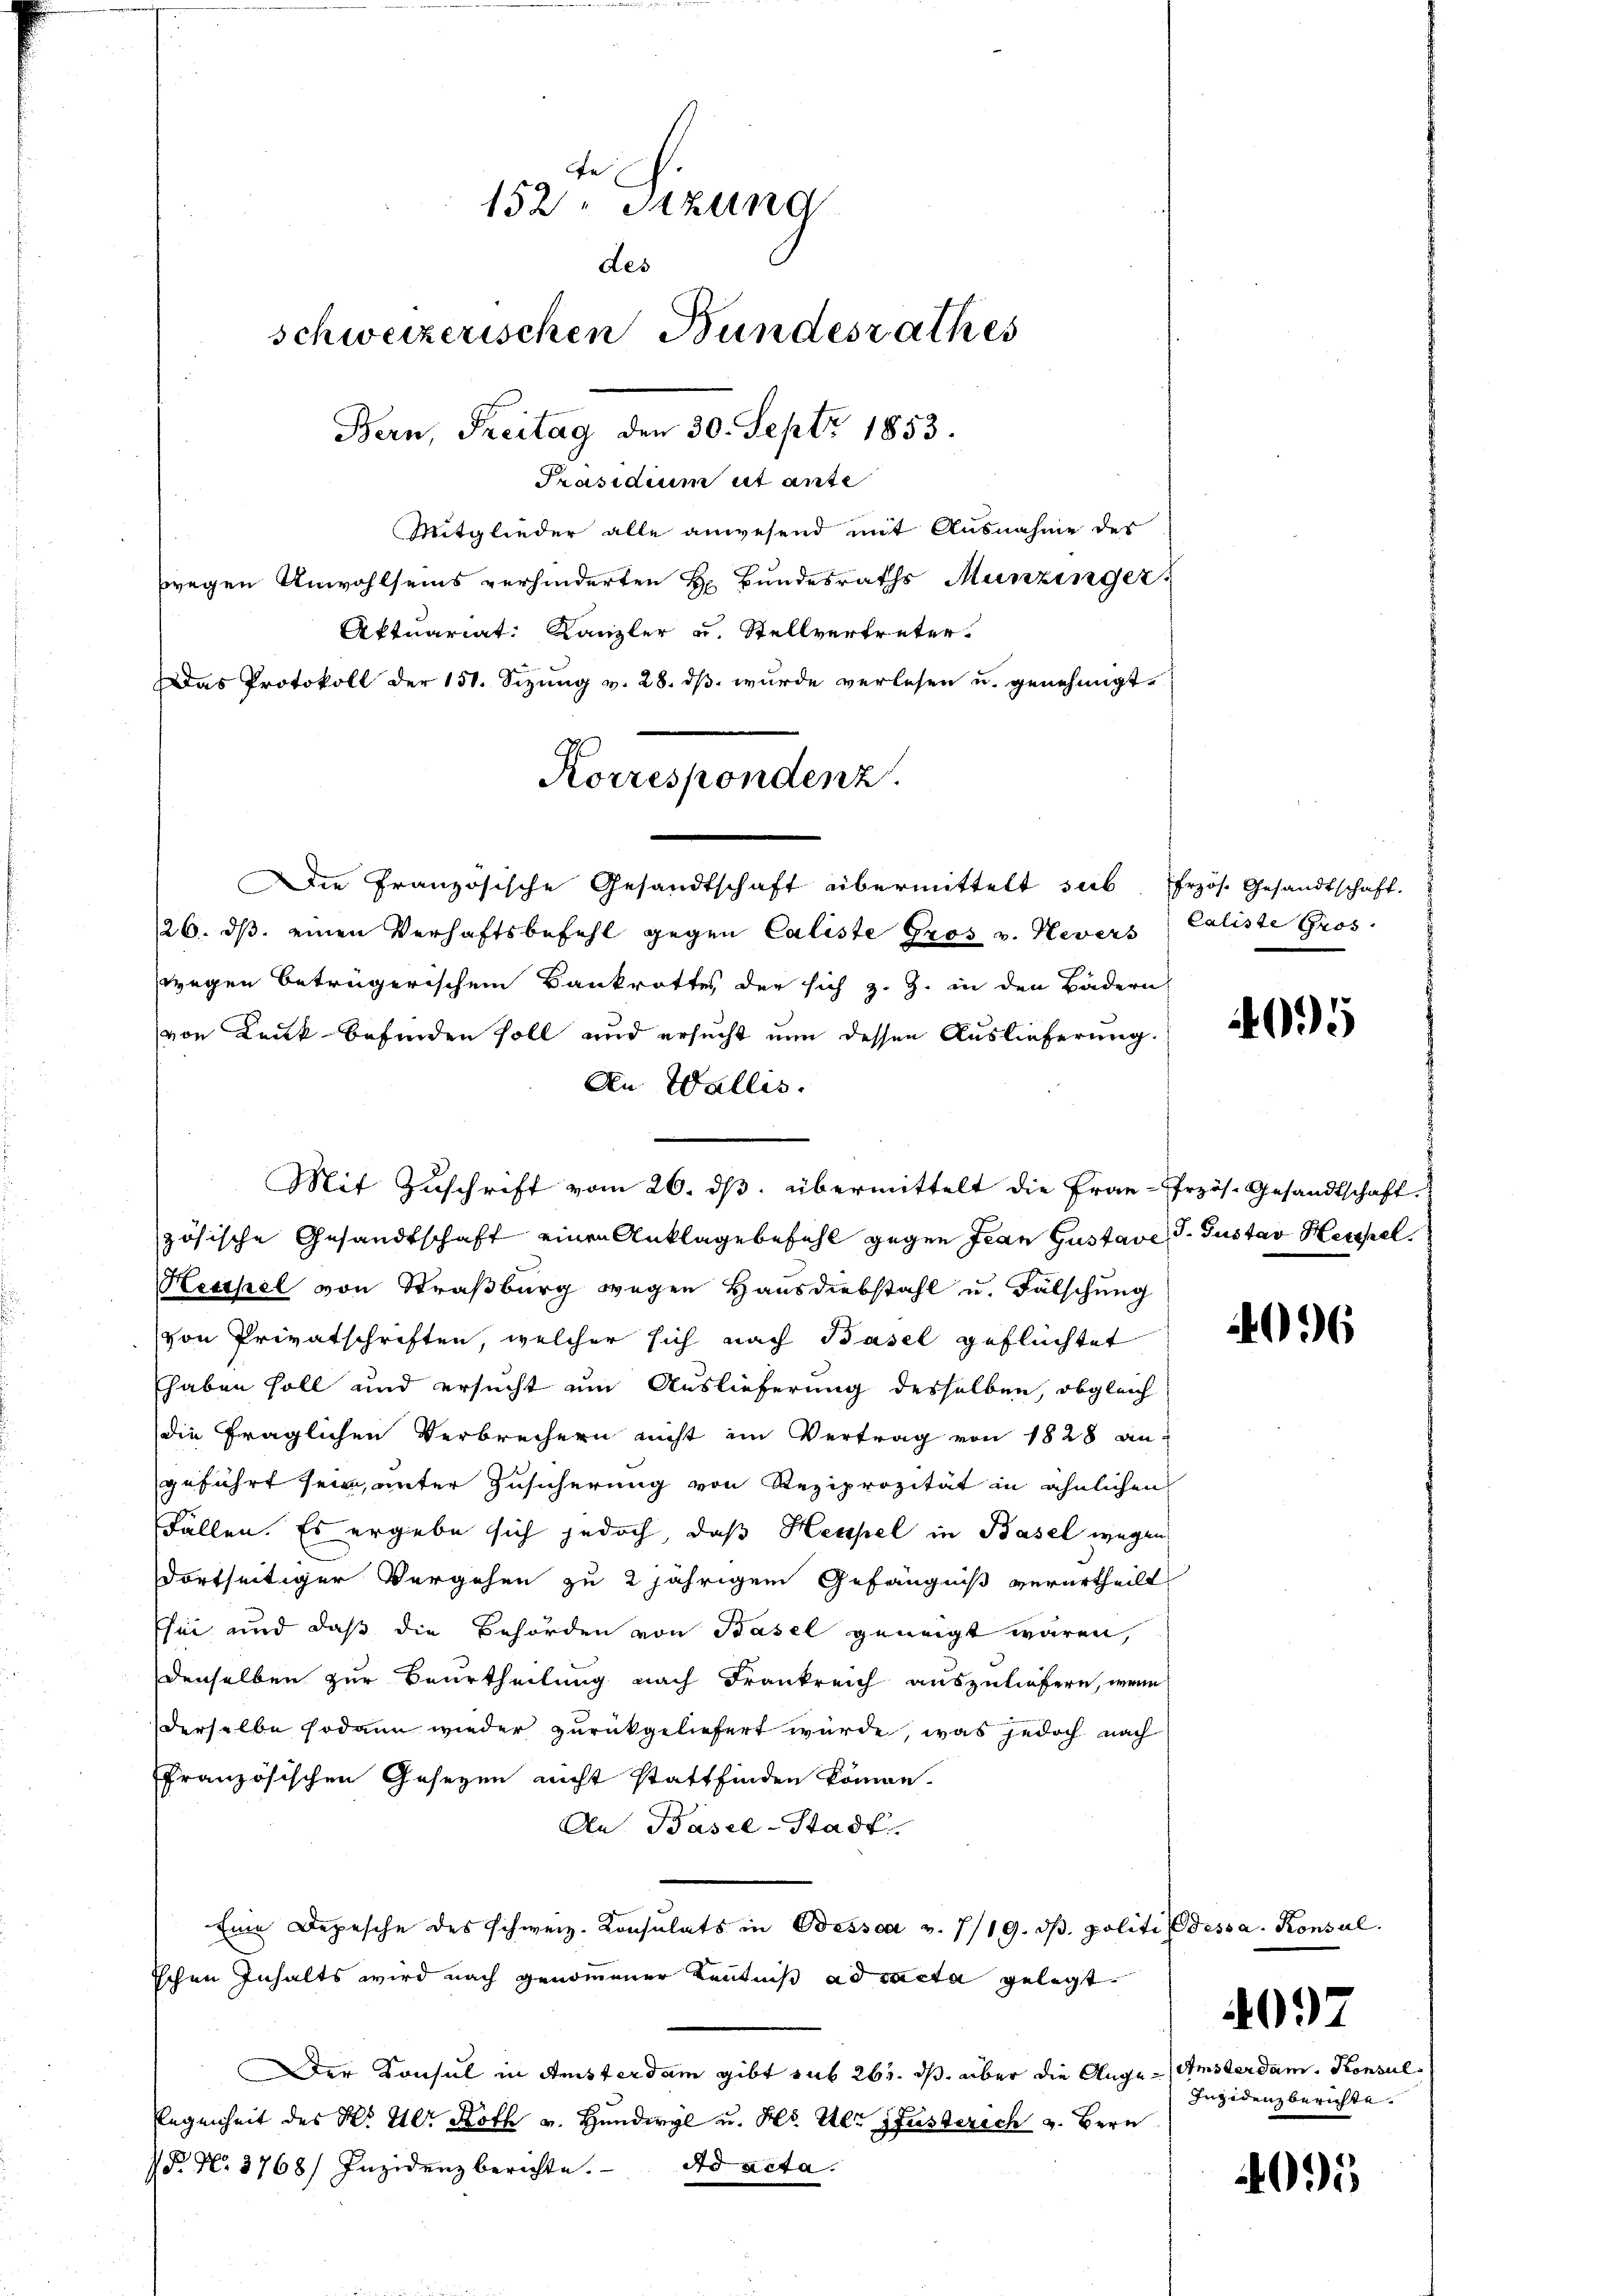
152. Sizung
des
schweizerischen Bundesrathes
Bern, Freitag den 30. Sept. 1853.
Präsidium ut ante
Mitglieder alle anwesend mit Ausnahme des

wegen Unwohlseins verhinderten H. Bŭndesraths Munzinger
Aktuariat Kanzler u. Stellvertreter.
Das Protokoll der 151. Sizung v. 28. ds. wurde verlesen u. genehmigt.
126. ds. einen Verhaftsbefehl gegen Caliste Gros v. Nevers
wegen betrügerischem Bankrottes der sich z. Z. in den Bädern
von Druck befinden soll und ersucht nun dessen Auslieferung.
An Wallis.
zösische Gesandtschaft einen Anklage befehl gegen Jean Gustave J. Gustav Heusel.
Heithel von Straßburg wegen Hausdiebstahl u. Fälschung
von Privatschriften, welcher sich nach Basel geflüchtet
haben soll und ersucht um Auslieferung desselben, obgleich
die fraglichen Verbrechern nicht im Vertrag von 1828 an-
geführt sein, unter Zusicherung von Reziprozität in ähnlichen
Fällen. Es ergebe sich jedoch, daß Heusel in Basel wegen
dortseitiger Vergehen zu 2 jährigem Gefängniß verurtheilt
sei und daß die Behörden von Basel geneigt wären,
denselben zur Beurtheilung nach Frankreich auszuliefern, wenn
derselbe sodann wieder zurückgeliefert wurde, was jedoch nach
ffranzösischen Gesezen nicht stattfinden könne.
An Basel-Stadt
Eine Depesche des schweiz. Konsulats in Besse v. 7/19. dβ. politi dessa. Konsul
ichen Inhalts wird nach genommener Kenntniß ad acta gelegt
Der Konsul in Ansterdam gibt sub 263. ds. über die Angelegenheit des K. Hlr. Roth v. Hundwyl u. Hs. Ulr. Gusterich v. Bern
F. No. 3768) Inzidenz berichte. ad acta.

Korrespondenz.
Die Französische Gesandtschaft übermittelt sub

Mit Zuschrift vom 26. ds. übermittelt die Frau-Erzös. Gesandtschaft.

Erzös. Gesandtschaft.
Caliste Gros

095

036

097

Amsterdam. Konsul
Inzidenzberichte.

095